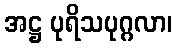
အဋ္ဌ ပုရိသပုဂ္ဂလာ၊